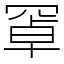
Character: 𦋐